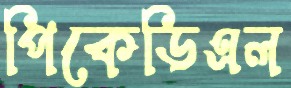
পিকেডিএল